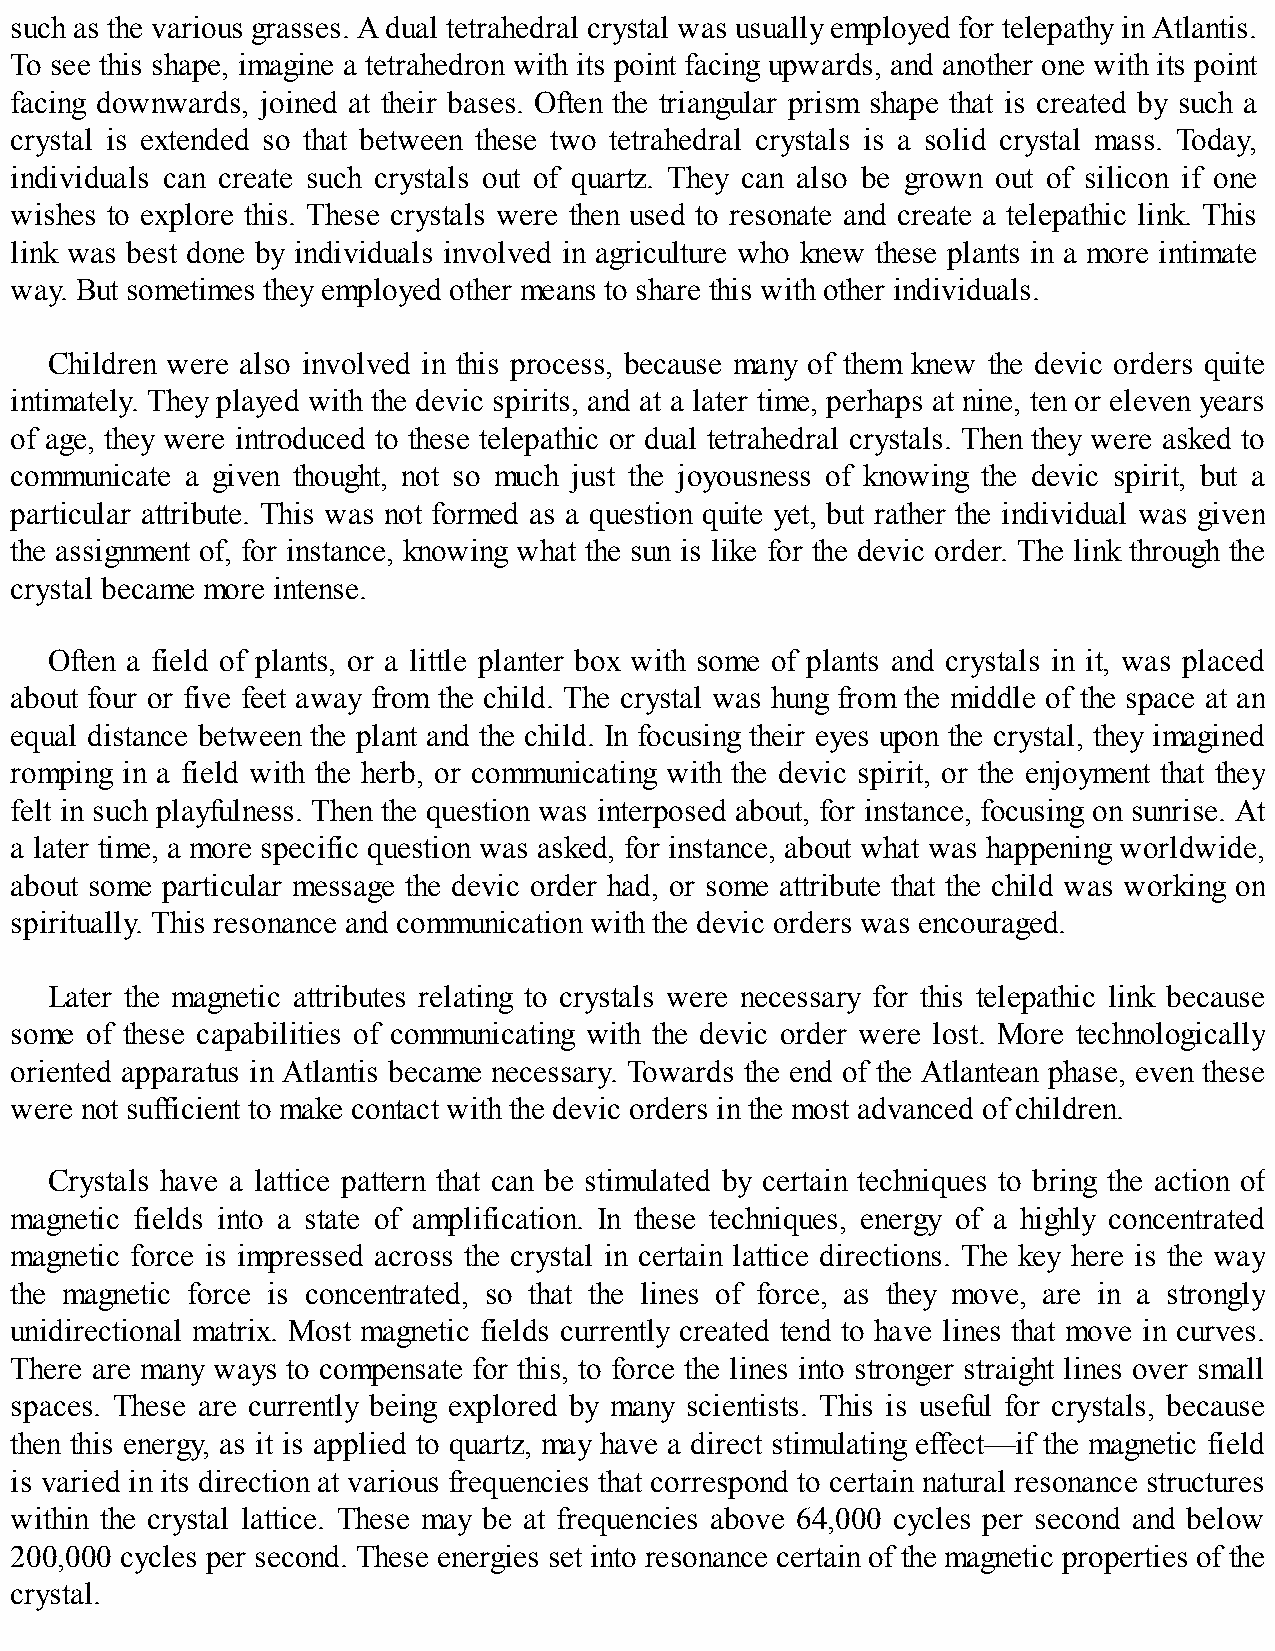
such as the various grasses. A dual tetrahedral crystal was usually employed for telepathy in Atlantis.
 To see this shape, imagine a tetrahedron with its point facing upwards, and another one with its point
 facing downwards, joined at their bases. Often the triangular prism shape that is created by such a
 crystal is extended so that between these two tetrahedral crystals is a solid crystal mass. Today,
 individuals can create such crystals out of quartz. They can also be grown out of silicon if one
 wishes to explore this. These crystals were then used to resonate and create a telepathic link. This
 link was best done by individuals involved in agriculture who knew these plants in a more intimate
 way. But sometimes they employed other means to share this with other individuals.
 Children were also involved in this process, because many of them knew the devic orders quite
 intimately. They played with the devic spirits, and at a later time, perhaps at nine, ten or eleven years
 of age, they were introduced to these telepathic or dual tetrahedral crystals. Then they were asked to
 communicate a given thought, not so much just the joyousness of knowing the devic spirit, but a
 particular attribute. This was not formed as a question quite yet, but rather the individual was given
 the assignment of, for instance, knowing what the sun is like for the devic order. The link through the
 crystal became more intense.
 Often a field of plants, or a little planter box with some of plants and crystals in it, was placed
 about four or five feet away from the child. The crystal was hung from the middle of the space at an
 equal distance between the plant and the child. In focusing their eyes upon the crystal, they imagined
 romping in a field with the herb, or communicating with the devic spirit, or the enjoyment that they
 felt in such playfulness. Then the question was interposed about, for instance, focusing on sunrise. At
 a later time, a more specific question was asked, for instance, about what was happening worldwide,
 about some particular message the devic order had, or some attribute that the child was working on
 spiritually. This resonance and communication with the devic orders was encouraged.
 Later the magnetic attributes relating to crystals were necessary for this telepathic link because
 some of these capabilities of communicating with the devic order were lost. More technologically
 oriented apparatus in Atlantis became necessary. Towards the end of the Atlantean phase, even these
 were not sufficient to make contact with the devic orders in the most advanced of children.
 Crystals have a lattice pattern that can be stimulated by certain techniques to bring the action of
 magnetic fields into a state of amplification. In these techniques, energy of a highly concentrated
 magnetic force is impressed across the crystal in certain lattice directions. The key here is the way
 the magnetic force is concentrated, so that the lines of force, as they move, are in a strongly
 unidirectional matrix. Most magnetic fields currently created tend to have lines that move in curves.
 There are many ways to compensate for this, to force the lines into stronger straight lines over small
 spaces. These are currently being explored by many scientists. This is useful for crystals, because
 then this energy, as it is applied to quartz, may have a direct stimulating effect—if the magnetic field
 is varied in its direction at various frequencies that correspond to certain natural resonance structures
 within the crystal lattice. These may be at frequencies above 64,000 cycles per second and below
 200,000 cycles per second. These energies set into resonance certain of the magnetic properties of the
 crystal.